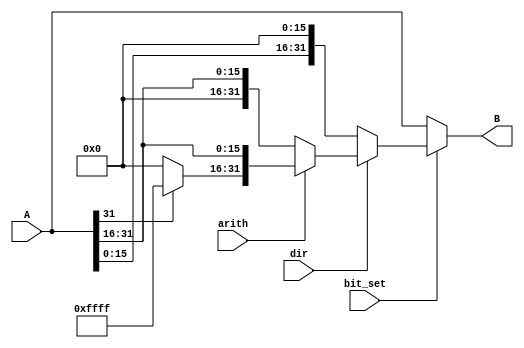
`timescale 1ns / 1ps
//////////////////////////////////////////////////////////////////////////////////
// Company: 
// Engineer: 
// 
// Design Name: 
// Module Name:    shift8 
// Project Name: 
// Target Devices: 
// Tool versions: 
// Description: 
//
// Dependencies: 
//
// Revision: 
// Revision 0.01 - File Created
// Additional Comments: 
//
//////////////////////////////////////////////////////////////////////////////////
module SHIFT_16(input[31:0] A, input bit_set, input dir, input arith, output[31:0] B);
	
	wire[31:0] left;
	wire[31:0] right;
	wire[31:0] right_arith;
	wire[31:0] result;
	
	assign left[15:0] = 16'b0000000000000000;
	assign left[31:16] = A[15:0];
	
	assign right[31:16] = 16'b0000000000000000;
	assign right[15:0] = A[31:16];

	assign right_arith[31:16] = (A[31] == 0) ? 16'b0000000000000000 : 16'b1111111111111111;
	assign right_arith[15:0] = A[31:16];
	
	assign result = (dir == 1) ? (arith==1 ? right_arith : right) : left;
	assign B = (bit_set == 1) ? result : A;
	
endmodule